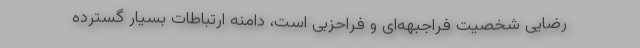
رضایی شخصیت فراجبهه‌ای و فراحزبی است، دامنه ارتباطات بسیار گسترده